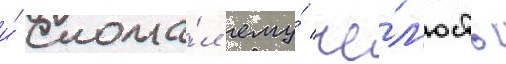
и́ слома́л ему́ че́л'юсть